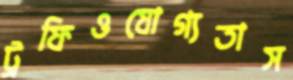
ট্রফিওযোগ্যতাস